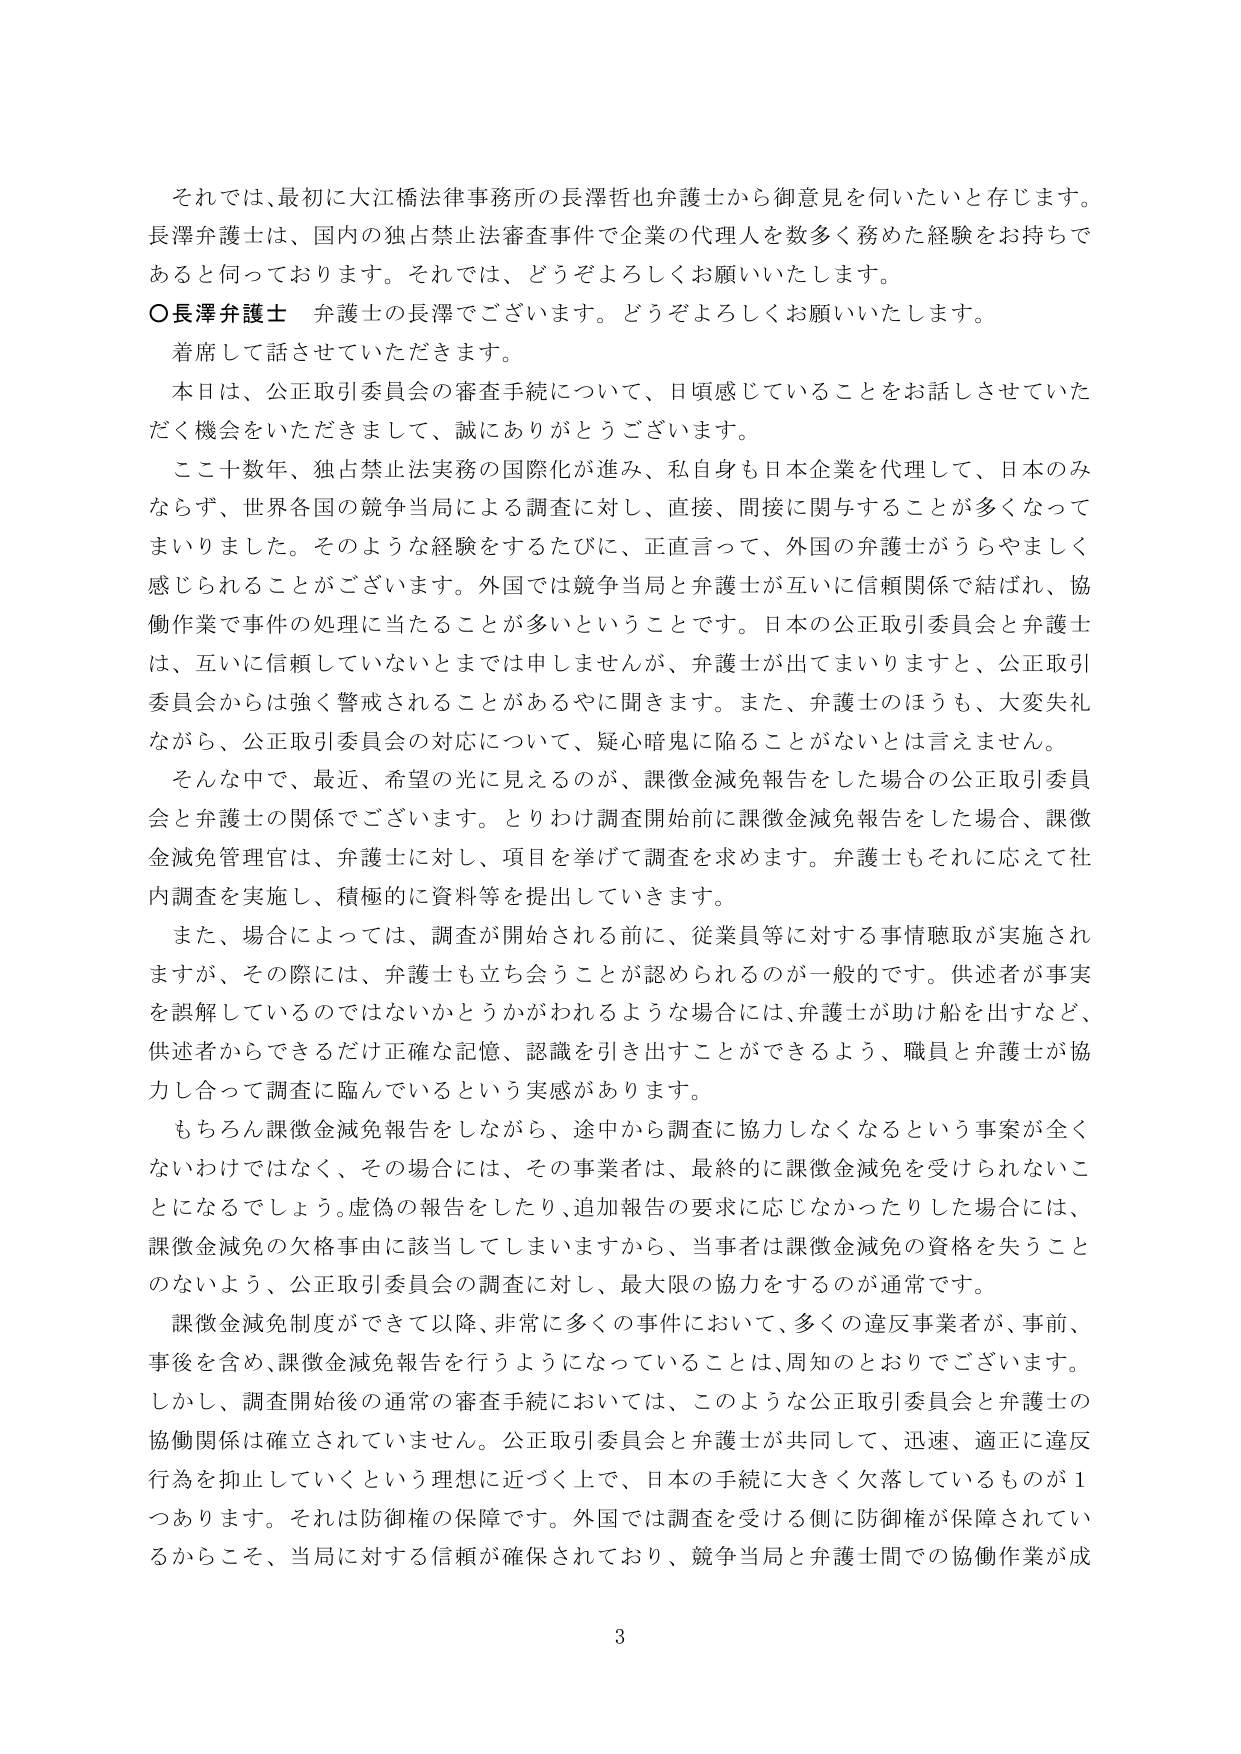
それでは、最初に大江橋法律事務所の長澤哲也弁護士から御意見を伺いたいと存じます。
長澤弁護士は、国内の独占禁止法審査事件で企業の代理人を数多く務めた経験をお持ちであると伺っております。それでは、どうぞよろしくお願いいたします。

○長澤弁護士 弁護士の長澤でございます。どうぞよろしくお願いいたします。
着席して話させていただきます。

本日は、公正取引委員会の審査手続について、日頃感じていることをお話しさせていただく機会をいただきまして、誠にありがとうございます。

ここ十数年、独占禁止法実務の国際化が進み、私自身も日本企業を代理して、日本のみならず、世界各国の競争当局による調査に対し、直接、間接に関与することが多くなってまいりました。そのような経験をするたびに、正直言って、外国の弁護士がうらやましく感じられることがございます。外国では競争当局と弁護士が互いに信頼関係で結ばれ、協働作業で事件の処理に当たることが多いということです。日本の公正取引委員会と弁護士は、互いに信頼していないとまでは申しませんが、弁護士が出てまいりますと、公正取引委員会からは強く警戒されることがあるやに聞きます。また、弁護士のほうも、大変失礼ながら、公正取引委員会の対応について、疑心暗鬼に陥ることがないとは言えません。

そんな中で、最近、希望の光に見えるのが、課徴金減免報告をした場合の公正取引委員会と弁護士の関係でございます。とりわけ調査開始前に課徴金減免報告をした場合、課徴金減免管理官は、弁護士に対し、項目を挙げて調査を求めます。弁護士もそれに応えて社内調査を実施し、積極的に資料等を提出していきます。

また、場合によっては、調査が開始される前に、従業員等に対する事情聴取が実施されますが、その際には、弁護士も立ち会うことが認められるのが一般的です。供述者が事実を誤解しているのではないかとうかがわれるような場合には、弁護士が助け船を出すなど、供述者からできるだけ正確な記憶、認識を引き出すことができるよう、職員と弁護士が協力し合って調査に臨んでいるという実感があります。

もちろん課徴金減免報告をしながら、途中から調査に協力しなくなるという事案が全くないわけではなく、その場合には、その事業者は、最終的に課徴金減免を受けられないことになるでしょう。虚偽の報告をしたり、追加報告の要求に応じなかったりした場合には、課徴金減免の欠格事由に該当してしまいますから、当事者は課徴金減免の資格を失うことのないよう、公正取引委員会の調査に対し、最大限の協力をするのが通常です。

課徴金減免制度ができて以降、非常に多くの事件において、多くの違反事業者が、事前、事後を含め、課徴金減免報告を行うようになっていることは、周知のとおりでございます。しかし、調査開始後の通常の審査手続においては、このような公正取引委員会と弁護士の協働関係は確立されていません。公正取引委員会と弁護士が共同して、迅速、適正に違反行為を抑止していくという理想に近づく上で、日本の手続に大きく欠落しているものが1つあります。それは防御権の保障です。外国では調査を受ける側に防御権が保障されているからこそ、当局に対する信頼が確保されており、競争当局と弁護士間での協働作業が成

3